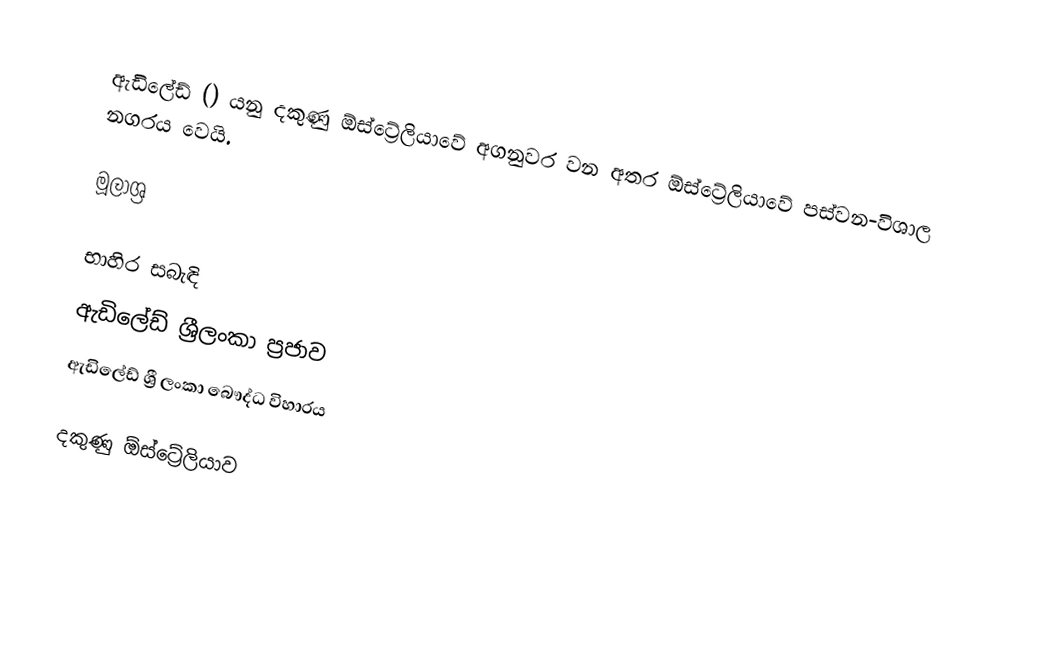
ඇඩිලේඩ්   () යනු දකුණු ඕස්ට්‍රේලියාවේ අගනුවර වන අතර ඕස්ට්‍රේලියාවේ පස්වන-විශාල නගරය වෙයි.

මූලාශ්‍ර

භාහිර සබැඳි
 ඇඩිලේඩ් ශ්‍රීලංකා ප්‍රජාව
 ඇඩිලේඩ් ශ්‍රී ලංකා බෞද්ධ විහාර⁣ය

දකුණු ඕස්ට්‍රේලියාව